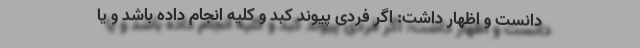
دانست و اظهار داشت: اگر فردی پیوند کبد و کلیه انجام داده باشد و یا